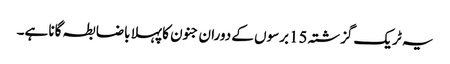
یہ ٹریک گزشتہ 15برسوں کے دوران جنون کا پہلا باضابطہ گانا ہے۔